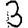
Digit: 3